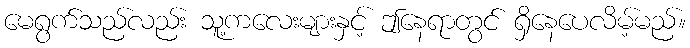
မေရွက်သည်လည်း သူ့ကလေးများနှင့် ဤနေရာတွင် ရှိနေပေလိမ့်မည်။